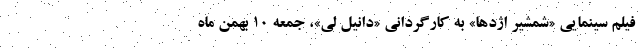
فیلم سینمایی «شمشیر اژدها» به کارگردانی «دانیل لی»، جمعه ۱۰ بهمن ماه